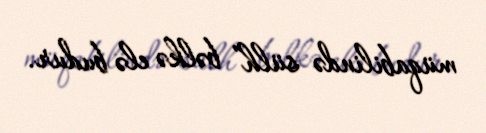
müqabilində sülh” bəlkə elə budur.